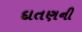
દાતણની